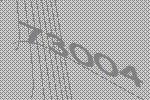
73004